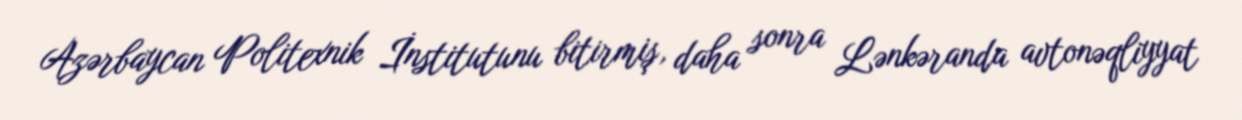
Azərbaycan Politexnik İnstitutunu bitirmiş, daha sonra Lənkəranda avtonəqliyyat